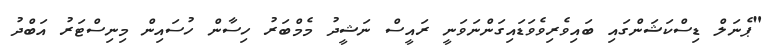
"ޕެނަލް ޑިސްކަޝަންގައި ބައިވެރިވެވަޑައިގަންނަވަނީ ރައީސް ނަޝީދު މެމްބަރު ހިސާން ހުސައިން މިނިސްޓަރު އަބްދު